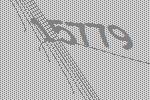
15779